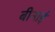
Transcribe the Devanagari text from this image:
बीनाई